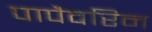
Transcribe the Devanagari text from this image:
पापैवरिन